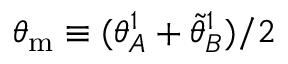
\theta _ { \mathrm { m } } \equiv ( \theta _ { A } ^ { 1 } + \tilde { \theta } _ { B } ^ { 1 } ) / 2